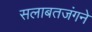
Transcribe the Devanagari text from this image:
सलाबतजंगने